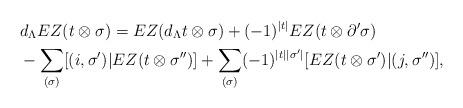
LaTeX: \begin{align*} &d_{\Lambda} EZ(t \otimes \sigma) = EZ( d_{\Lambda} t \otimes \sigma ) + (-1)^{|t|} EZ( t \otimes \partial' \sigma) \\& - \sum_{ (\sigma) } [ (i,\sigma' ) | EZ (t \otimes \sigma'')] + \sum_{ (\sigma) }(-1)^{|t| |\sigma'|} [EZ (t \otimes \sigma') | (j, \sigma'') ],\end{align*}